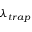
\lambda _ { t r a p }